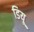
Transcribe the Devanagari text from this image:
डियू